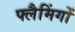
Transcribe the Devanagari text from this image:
फ्लैमिंगों